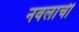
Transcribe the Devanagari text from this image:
नवलाची